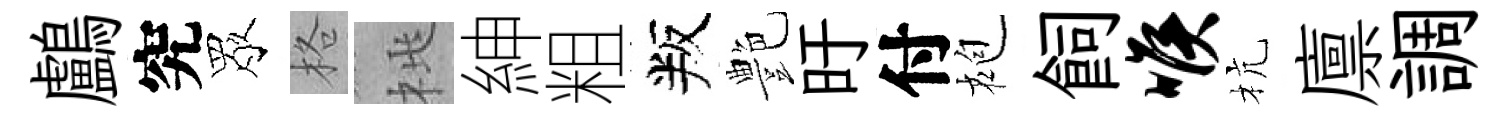
鸕究眾格桃紳粗叛艶旴付袍飼喉杭廪調